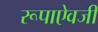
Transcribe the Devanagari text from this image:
रूपाऐवजी